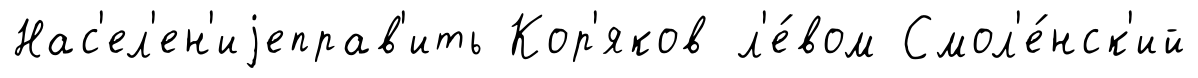
Нас'ел'ен'иjеправ'ить Кор'яков л'е́вом Смол'е́нск'ий